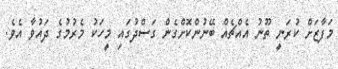
މަފާޒަށް ކުރަނީ ތޫނު އެއްޗެއް ބޭނުންކޮށްގެން ގަސްދުގައި މީހަކު މެރުމުގެ ދައުވާ އެވެ.